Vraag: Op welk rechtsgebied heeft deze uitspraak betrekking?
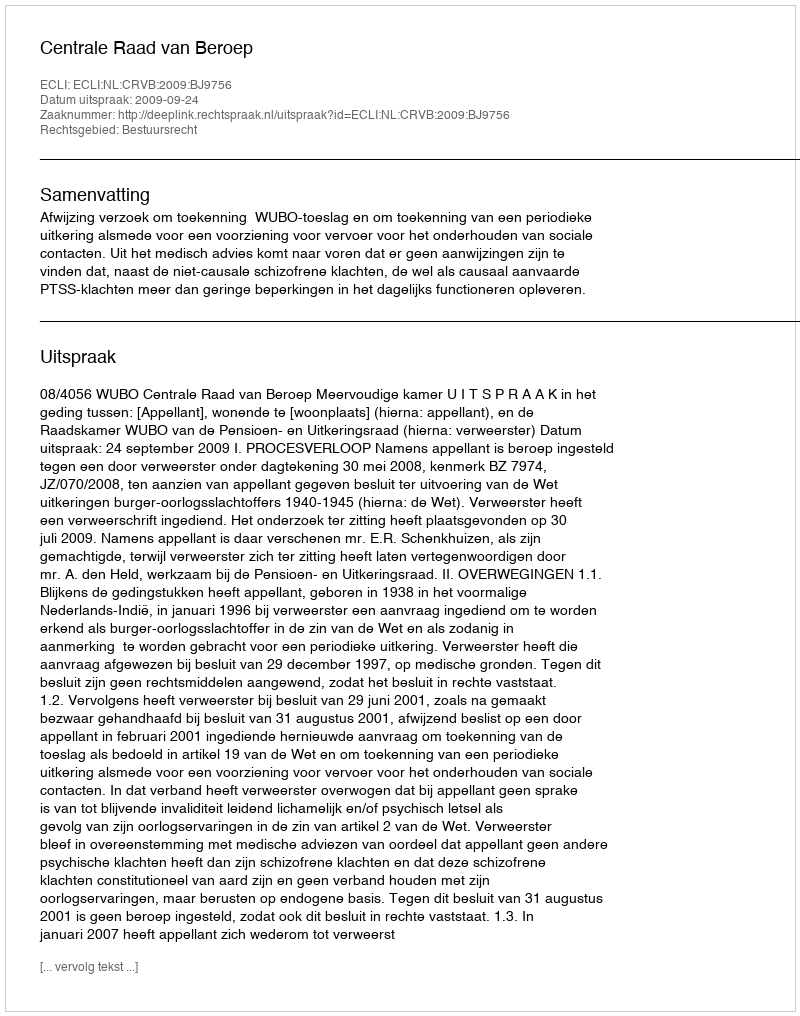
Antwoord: Bestuursrecht